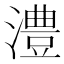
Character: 澧